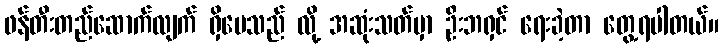
ဖန်တီးတည်ဆောက်လျက် ရှိပေသည် လို့ အဆုံးသတ်မှာ ဦးဘရှင် ရေးခဲ့တာ တွေ့ရပါတယ်။